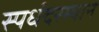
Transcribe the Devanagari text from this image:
स्पर्धदरम्यान